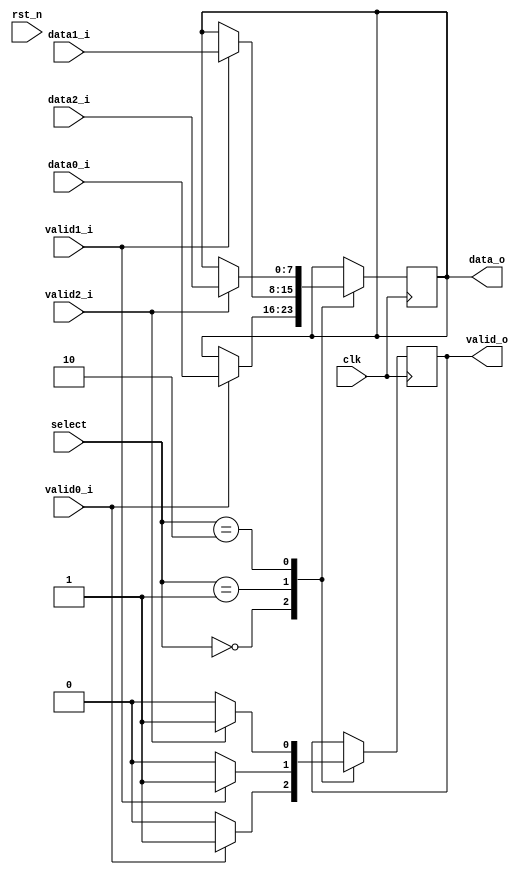
`timescale 1ns / 1ps
//////////////////////////////////////////////////////////////////////////////////
// Company: 
// Engineer: 
// 
// Design Name: 
// Module Name:    mux 
// Project Name: 
// Target Devices: 
// Tool versions: 
// Description: 
//
// Dependencies: 
//
// Revision: 
// Revision 0.01 - File Created
// Additional Comments: 
//
//////////////////////////////////////////////////////////////////////////////////
module mux #(
		parameter D_WIDTH = 8
	)(
		// Clock and reset interface
		input clk,
		input rst_n,
		
		//Select interface
		input[1:0] select,
		
		// Output interface
		output reg[D_WIDTH - 1 : 0] data_o,
		output reg					valid_o,
				
		//input interfaces
		input [D_WIDTH - 1 : 0] 	data0_i,
		input   					valid0_i,
		
		input [D_WIDTH - 1 : 0] 	data1_i,
		input   					valid1_i,
		
		input [D_WIDTH - 1 : 0] 	data2_i,
		input     					valid2_i
    );

	//planul este ca in functie de ce select este activ, daca semnalul de valid in este prezent
	//noi sa transmitem acel semnal catre exterior
	
	always@(posedge clk) begin					//pe frontul crescator 
		case(select)
			0: begin							//cazul 0
				if(valid0_i==1) begin			//daca inputul este activ
					data_o<=data0_i;			//outputul ia valoarea intrarii 1
					valid_o<=1;					//iesirea este valida
				end
				else valid_o<=0;				//altfel iesirea nu este valida
			end
		
			1: begin							//select 1, scytale
				if(valid1_i==1) begin
					data_o<=data1_i;
					valid_o<=1;
				end
				else valid_o<=0;
			end
			
			2: begin							//select 2, zigzag
				if(valid2_i==1) begin
					data_o<=data2_i;
					valid_o<=1;
				end
				else valid_o<=0;
			end
		endcase
	end

endmodule